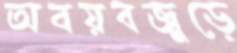
অবয়বজুড়ে